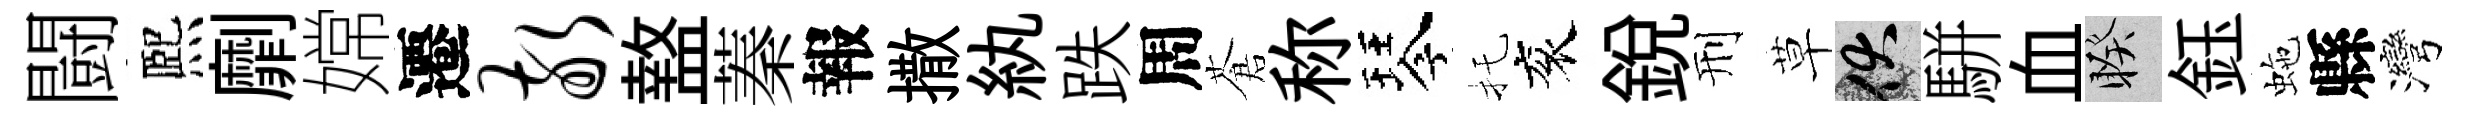
闘熈劘嫦遷敬盩蓁報撒紈跌周蒼称琴托衮銳刑草伏駢血睽鈺虵縣灣